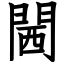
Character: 閪